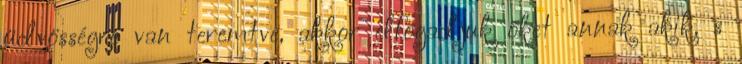
üdvösségre van teremtve, akkor elfogadjuk őket annak akik, s